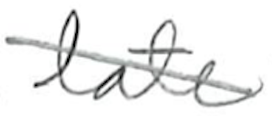
Text: late
Cross-out: diagonal
Writing tool: pencil